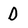
Character: D